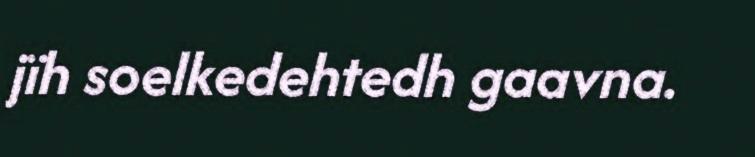
jïh soelkedehtedh gaavna.